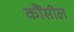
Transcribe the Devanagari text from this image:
कौंसील